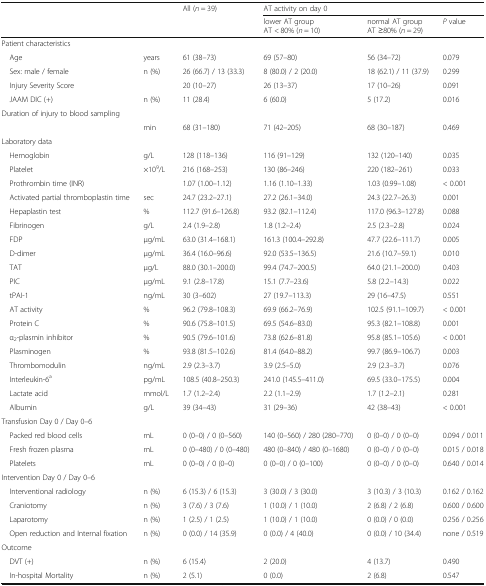
<table><thead><tr><td rowspan="2"></td><td rowspan="2"></td><td rowspan="2"><b>All (<i>n</i> = 39)</b></td><td colspan="3"><b>AT activity on day 0</b></td></tr><tr><td><b>lower AT groupAT &lt; 80% (<i>n</i> = 10)</b></td><td><b>normal AT groupAT ≥80% (<i>n</i> = 29)</b></td><td><b><i>P</i> value</b></td></tr></thead><tbody><tr><td colspan="6">Patient characteristics</td></tr><tr><td> Age</td><td>years</td><td>61 (38–73)</td><td>69 (57–80)</td><td>56 (34–72)</td><td>0.079</td></tr><tr><td> Sex: male / female</td><td>n (%)</td><td>26 (66.7) / 13 (33.3)</td><td>8 (80.0) / 2 (20.0)</td><td>18 (62.1) / 11 (37.9)</td><td>0.299</td></tr><tr><td colspan="2"> Injury Severity Score</td><td>20 (10–27)</td><td>26 (13–37)</td><td>17 (10–26)</td><td>0.091</td></tr><tr><td> JAAM DIC (+)</td><td>n (%)</td><td>11 (28.4)</td><td>6 (60.0)</td><td>5 (17.2)</td><td>0.016</td></tr><tr><td colspan="6">Duration of injury to blood sampling</td></tr><tr><td></td><td>min</td><td>68 (31–180)</td><td>71 (42–205)</td><td>68 (30–187)</td><td>0.469</td></tr><tr><td colspan="6">Laboratory data</td></tr><tr><td> Hemoglobin</td><td>g/L</td><td>128 (118–136)</td><td>116 (91–129)</td><td>132 (120–140)</td><td>0.035</td></tr><tr><td> Platelet</td><td>×10<sup>9</sup>/L</td><td>216 (168–253)</td><td>130 (86–246)</td><td>220 (182–261)</td><td>0.033</td></tr><tr><td> Prothrombin time (INR)</td><td></td><td>1.07 (1.00–1.12)</td><td>1.16 (1.10–1.33)</td><td>1.03 (0.99–1.08)</td><td>&lt; 0.001</td></tr><tr><td> Activated partial thromboplastin time</td><td>sec</td><td>24.7 (23.2–27.1)</td><td>27.2 (26.1–34.0)</td><td>24.3 (22.7–26.3)</td><td>0.001</td></tr><tr><td> Hepaplastin test</td><td>%</td><td>112.7 (91.6–126.8)</td><td>93.2 (82.1–112.4)</td><td>117.0 (96.3–127.8)</td><td>0.088</td></tr><tr><td> Fibrinogen</td><td>g/L</td><td>2.4 (1.9–2.8)</td><td>1.8 (1.2–2.4)</td><td>2.5 (2.3–2.8)</td><td>0.024</td></tr><tr><td> FDP</td><td>μg/mL</td><td>63.0 (31.4–168.1)</td><td>161.3 (100.4–292.8)</td><td>47.7 (22.6–111.7)</td><td>0.005</td></tr><tr><td> D-dimer</td><td>μg/mL</td><td>36.4 (16.0–96.6)</td><td>92.0 (53.5–136.5)</td><td>21.6 (10.7–59.1)</td><td>0.010</td></tr><tr><td> TAT</td><td>μg/L</td><td>88.0 (30.1–200.0)</td><td>99.4 (74.7–200.5)</td><td>64.0 (21.1–200.0)</td><td>0.403</td></tr><tr><td> PIC</td><td>μg/mL</td><td>9.1 (2.8–17.8)</td><td>15.1 (7.7–23.6)</td><td>5.8 (2.2–14.3)</td><td>0.022</td></tr><tr><td> tPAI-1</td><td>ng/mL</td><td>30 (3–602)</td><td>27 (19.7–113.3)</td><td>29 (16–47.5)</td><td>0.551</td></tr><tr><td> AT activity</td><td>%</td><td>96.2 (79.8–108.3)</td><td>69.9 (66.2–76.9)</td><td>102.5 (91.1–109.7)</td><td>&lt; 0.001</td></tr><tr><td> Protein C</td><td>%</td><td>90.6 (75.8–101.5)</td><td>69.5 (54.6–83.0)</td><td>95.3 (82.1–108.8)</td><td>0.001</td></tr><tr><td> α<sub>2</sub>-plasmin inhibitor</td><td>%</td><td>90.5 (79.6–101.6)</td><td>73.8 (62.6–81.8)</td><td>95.8 (85.1–105.6)</td><td>&lt; 0.001</td></tr><tr><td> Plasminogen</td><td>%</td><td>93.8 (81.5–102.6)</td><td>81.4 (64.0–88.2)</td><td>99.7 (86.9–106.7)</td><td>0.003</td></tr><tr><td> Thrombomodulin</td><td>ng/mL</td><td>2.9 (2.3–3.7)</td><td>3.9 (2.5–5.0)</td><td>2.9 (2.3–3.7)</td><td>0.076</td></tr><tr><td> Interleukin-6<sup>a</sup></td><td>pg/mL</td><td>108.5 (40.8–250.3)</td><td>241.0 (145.5–411.0)</td><td>69.5 (33.0–175.5)</td><td>0.004</td></tr><tr><td> Lactate acid</td><td>mmol/L</td><td>1.7 (1.2–2.4)</td><td>2.2 (1.1–2.9)</td><td>1.7 (1.2–2.1)</td><td>0.281</td></tr><tr><td> Albumin</td><td>g/L</td><td>39 (34–43)</td><td>31 (29–36)</td><td>42 (38–43)</td><td>&lt; 0.001</td></tr><tr><td colspan="6">Transfusion Day 0 / Day 0–6</td></tr><tr><td> Packed red blood cells</td><td>mL</td><td>0 (0–0) / 0 (0–560)</td><td>140 (0–560) / 280 (280–770)</td><td>0 (0–0) / 0 (0–0)</td><td>0.094 / 0.011</td></tr><tr><td> Fresh frozen plasma</td><td>mL</td><td>0 (0–480) / 0 (0–480)</td><td>480 (0–840) / 480 (0–1680)</td><td>0 (0–0) / 0 (0–0)</td><td>0.015 / 0.018</td></tr><tr><td> Platelets</td><td>mL</td><td>0 (0–0) / 0 (0–0)</td><td>0 (0–0) / 0 (0–100)</td><td>0 (0–0) / 0 (0–0)</td><td>0.640 / 0.014</td></tr><tr><td colspan="6">Intervention Day 0 / Day 0–6</td></tr><tr><td> Interventional radiology</td><td>n (%)</td><td>6 (15.3) / 6 (15.3)</td><td>3 (30.0) / 3 (30.0)</td><td>3 (10.3) / 3 (10.3)</td><td>0.162 / 0.162</td></tr><tr><td> Craniotomy</td><td>n (%)</td><td>3 (7.6) / 3 (7.6)</td><td>1 (10.0) / 1 (10.0)</td><td>2 (6.8) / 2 (6.8)</td><td>0.600 / 0.600</td></tr><tr><td> Laparotomy</td><td>n (%)</td><td>1 (2.5) / 1 (2.5)</td><td>1 (10.0) / 1 (10.0)</td><td>0 (0.0) / 0 (0.0)</td><td>0.256 / 0.256</td></tr><tr><td> Open reduction and Internal fixation</td><td>n (%)</td><td>0 (0.0) / 14 (35.9)</td><td>0 (0.0) / 4 (40.0)</td><td>0 (0.0) / 10 (34.4)</td><td>none / 0.519</td></tr><tr><td colspan="6">Outcome</td></tr><tr><td> DVT (+)</td><td>n (%)</td><td>6 (15.4)</td><td>2 (20.0)</td><td>4 (13.7)</td><td>0.490</td></tr><tr><td> In-hospital Mortality</td><td>n (%)</td><td>2 (5.1)</td><td>0 (0.0)</td><td>2 (6.8)</td><td>0.547</td></tr></tbody></table>